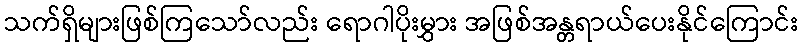
သက်ရှိများဖြစ်ကြသော်လည်း ရောဂါပိုးမွှား အဖြစ်အန္တရာယ်ပေးနိုင်ကြောင်း